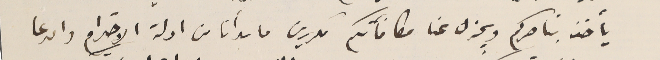
يأخذ بناصركم ويجزل عنا مكافاتكم مكررين ما بدأنا من ادلة الاحترام والدعا